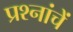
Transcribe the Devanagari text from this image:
प्रश्नांचें